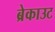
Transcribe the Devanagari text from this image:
ब्रेकाउट